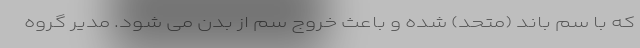
که با سم باند (متحد) شده و باعث خروج سم از بدن می شود. مدیر گروه